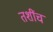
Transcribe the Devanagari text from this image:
तशींच